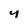
Character: 4